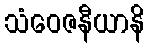
သံဝေဇနီယာနိ